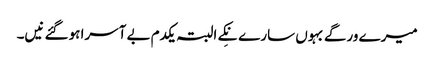
میرے ورگے بہوں سارے نِکے البتہ یکدم بے آسرا ہوگئے نیں۔